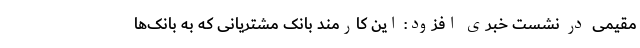
مقیمی در نشست خبری افزود: این کارمند بانک مشتریانی که به بانک‌ها